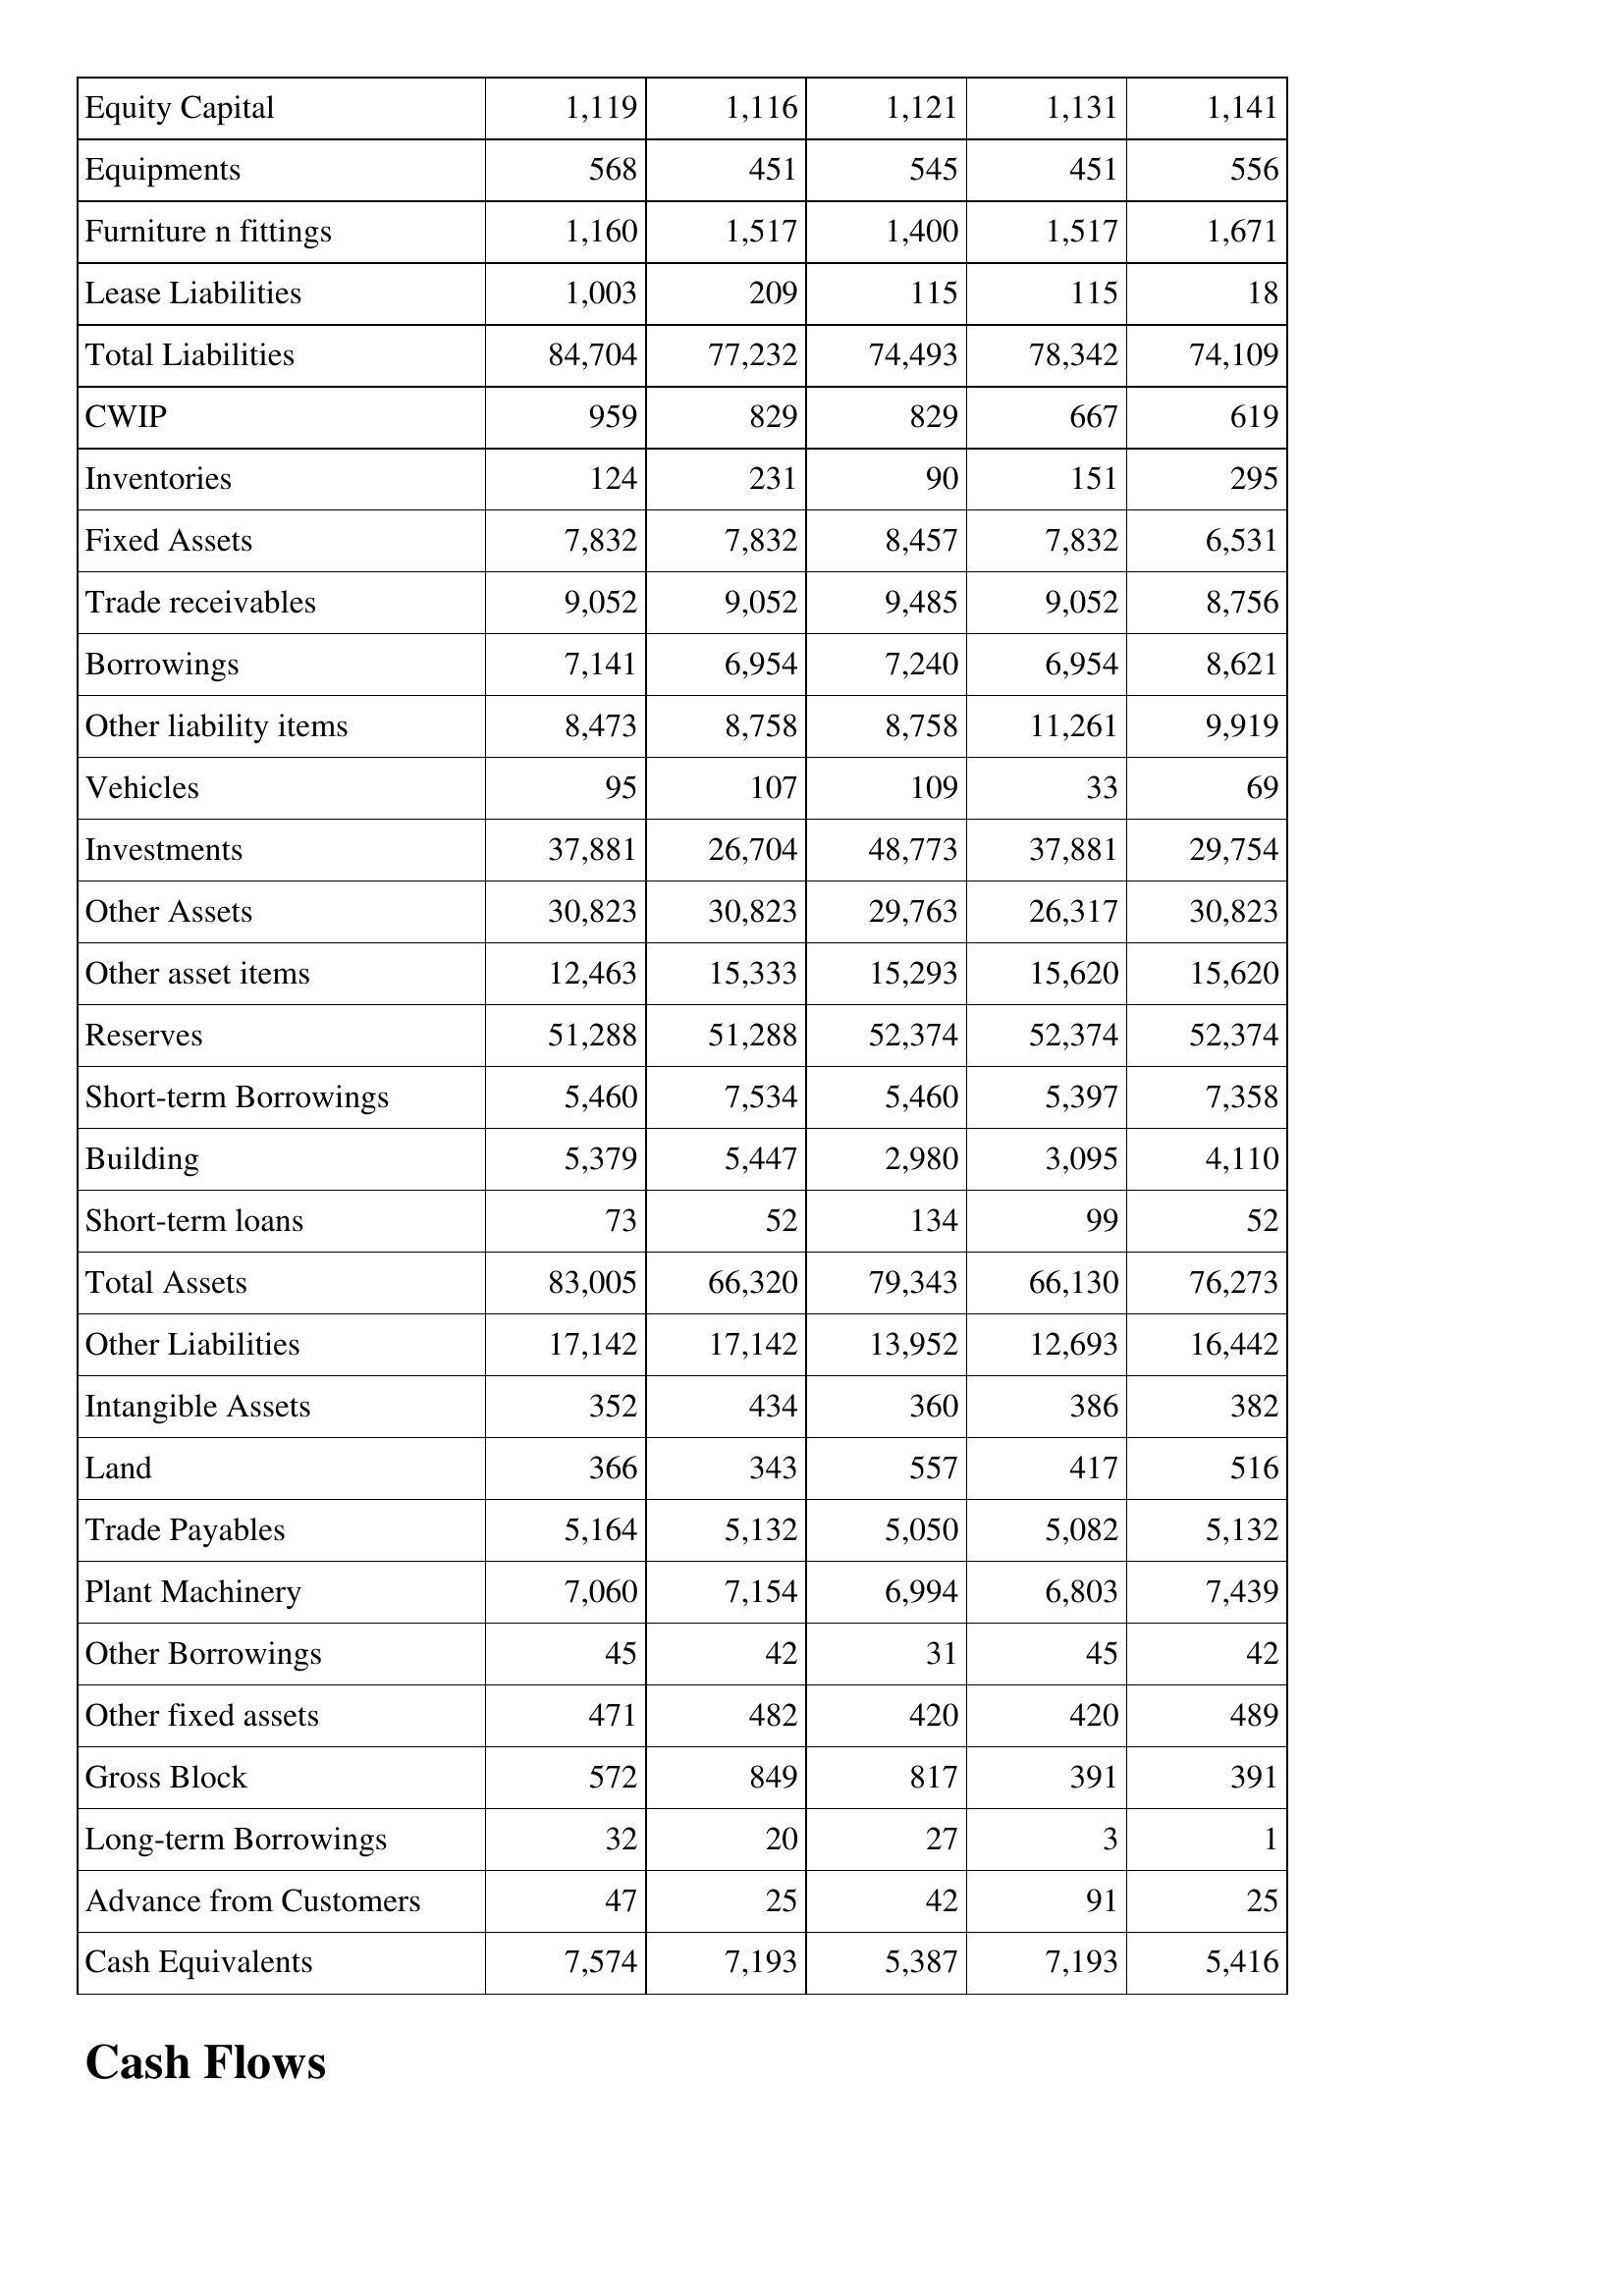
Mar-16: Balance Sheet: Equity Capital: 1,119
Equipments: 568
Furniture n fittings: 1,160
Lease Liabilities: 1,003
Total Liabilities: 84,704
CWIP: 959
Inventories: 124
Fixed Assets: 7,832
Trade receivables: 9,052
Borrowings: 7,141
Other liability items: 8,473
Vehicles: 95
Investments: 37,881
Other Assets: 30,823
Other asset items: 12,463
Reserves: 51,288
Short-term Borrowings: 5,460
Building: 5,379
Short-term loans: 73
Total Assets: 83,005
Other Liabilities: 17,142
Intangible Assets: 352
Land: 366
Trade Payables: 5,164
Plant Machinery: 7,060
Other Borrowings: 45
Other fixed assets: 471
Gross Block: 572
Long-term Borrowings: 32
Advance from Customers: 47
Cash Equivalents: 7,574
Mar-15: Balance Sheet: Equity Capital: 1,116
Equipments: 451
Furniture n fittings: 1,517
Lease Liabilities: 209
Total Liabilities: 77,232
CWIP: 829
Inventories: 231
Fixed Assets: 7,832
Trade receivables: 9,052
Borrowings: 6,954
Other liability items: 8,758
Vehicles: 107
Investments: 26,704
Other Assets: 30,823
Other asset items: 15,333
Reserves: 51,288
Short-term Borrowings: 7,534
Building: 5,447
Short-term loans: 52
Total Assets: 66,320
Other Liabilities: 17,142
Intangible Assets: 434
Land: 343
Trade Payables: 5,132
Plant Machinery: 7,154
Other Borrowings: 42
Other fixed assets: 482
Gross Block: 849
Long-term Borrowings: 20
Advance from Customers: 25
Cash Equivalents: 7,193
Mar-14: Balance Sheet: Equity Capital: 1,121
Equipments: 545
Furniture n fittings: 1,400
Lease Liabilities: 115
Total Liabilities: 74,493
CWIP: 829
Inventories: 90
Fixed Assets: 8,457
Trade receivables: 9,485
Borrowings: 7,240
Other liability items: 8,758
Vehicles: 109
Investments: 48,773
Other Assets: 29,763
Other asset items: 15,293
Reserves: 52,374
Short-term Borrowings: 5,460
Building: 2,980
Short-term loans: 134
Total Assets: 79,343
Other Liabilities: 13,952
Intangible Assets: 360
Land: 557
Trade Payables: 5,050
Plant Machinery: 6,994
Other Borrowings: 31
Other fixed assets: 420
Gross Block: 817
Long-term Borrowings: 27
Advance from Customers: 42
Cash Equivalents: 5,387
Mar-13: Balance Sheet: Equity Capital: 1,131
Equipments: 451
Furniture n fittings: 1,517
Lease Liabilities: 115
Total Liabilities: 78,342
CWIP: 667
Inventories: 151
Fixed Assets: 7,832
Trade receivables: 9,052
Borrowings: 6,954
Other liability items: 11,261
Vehicles: 33
Investments: 37,881
Other Assets: 26,317
Other asset items: 15,620
Reserves: 52,374
Short-term Borrowings: 5,397
Building: 3,095
Short-term loans: 99
Total Assets: 66,130
Other Liabilities: 12,693
Intangible Assets: 386
Land: 417
Trade Payables: 5,082
Plant Machinery: 6,803
Other Borrowings: 45
Other fixed assets: 420
Gross Block: 391
Long-term Borrowings: 3
Advance from Customers: 91
Cash Equivalents: 7,193
Mar-12: Balance Sheet: Equity Capital: 1,141
Equipments: 556
Furniture n fittings: 1,671
Lease Liabilities: 18
Total Liabilities: 74,109
CWIP: 619
Inventories: 295
Fixed Assets: 6,531
Trade receivables: 8,756
Borrowings: 8,621
Other liability items: 9,919
Vehicles: 69
Investments: 29,754
Other Assets: 30,823
Other asset items: 15,620
Reserves: 52,374
Short-term Borrowings: 7,358
Building: 4,110
Short-term loans: 52
Total Assets: 76,273
Other Liabilities: 16,442
Intangible Assets: 382
Land: 516
Trade Payables: 5,132
Plant Machinery: 7,439
Other Borrowings: 42
Other fixed assets: 489
Gross Block: 391
Long-term Borrowings: 1
Advance from Customers: 25
Cash Equivalents: 5,416